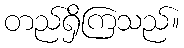
တည်ရှိကြသည်။